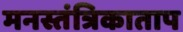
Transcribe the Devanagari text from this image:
मनस्तंत्रिकाताप